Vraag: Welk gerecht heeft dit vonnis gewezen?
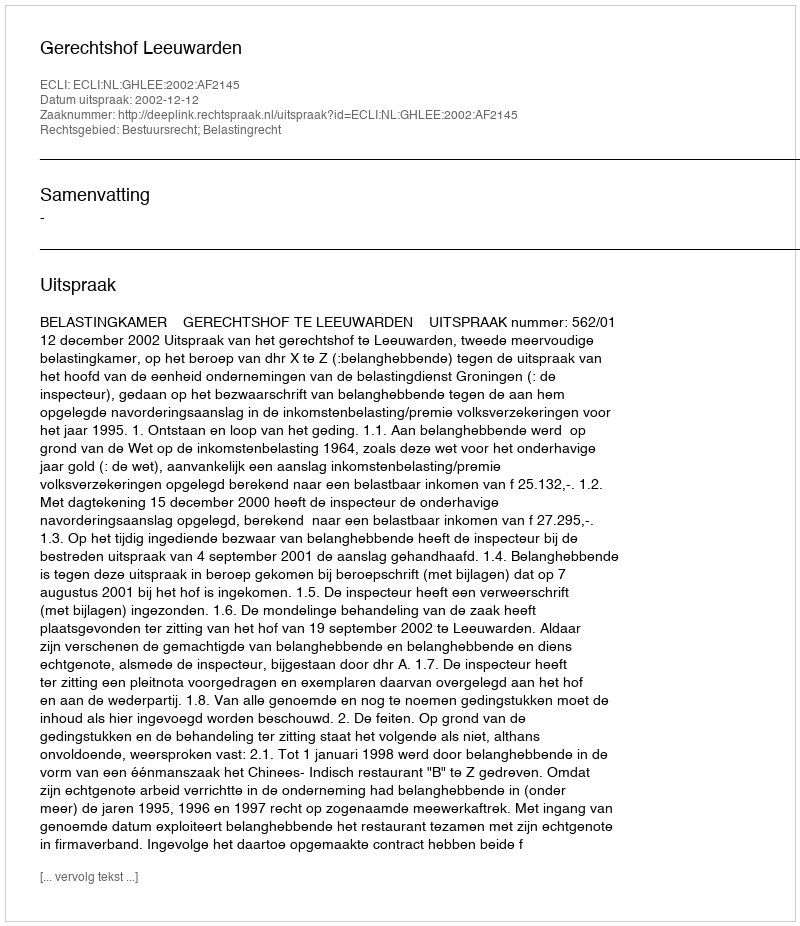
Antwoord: Gerechtshof Leeuwarden